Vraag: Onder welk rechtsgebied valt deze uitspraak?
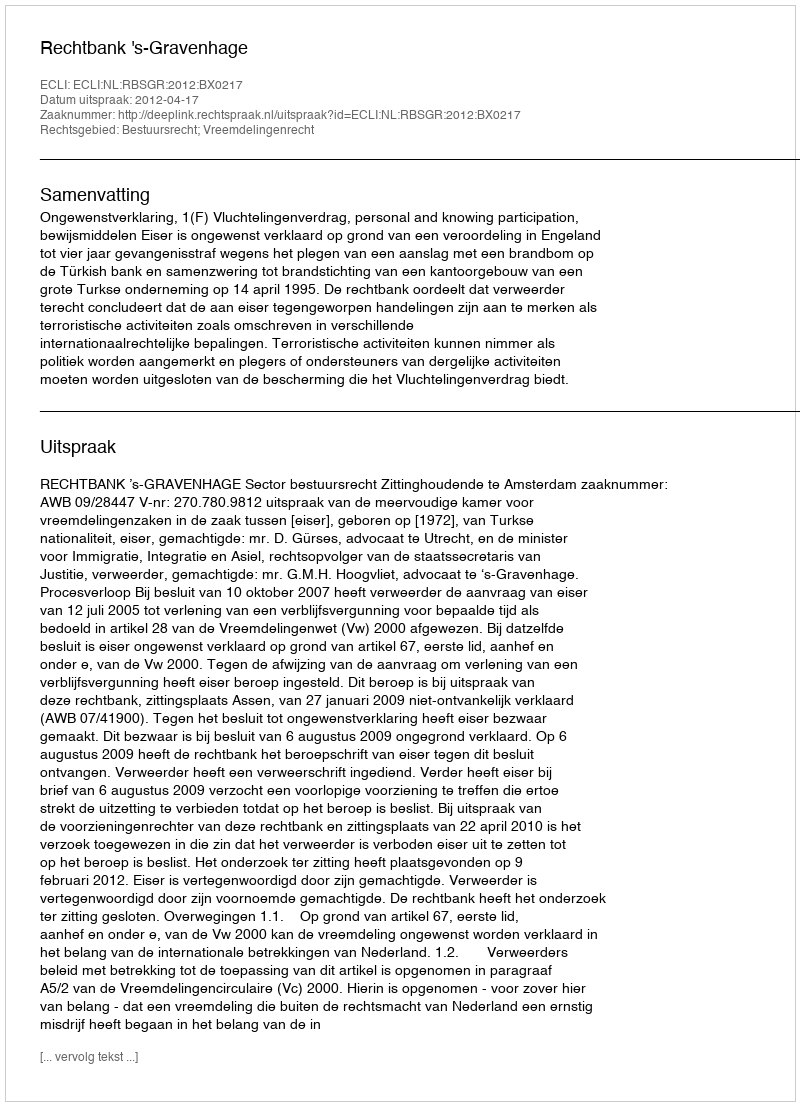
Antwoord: Bestuursrecht; Vreemdelingenrecht